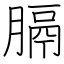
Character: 膈